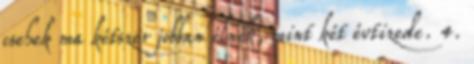
csehek ma kétszer jobban élnek, mint két évtizede. 4.